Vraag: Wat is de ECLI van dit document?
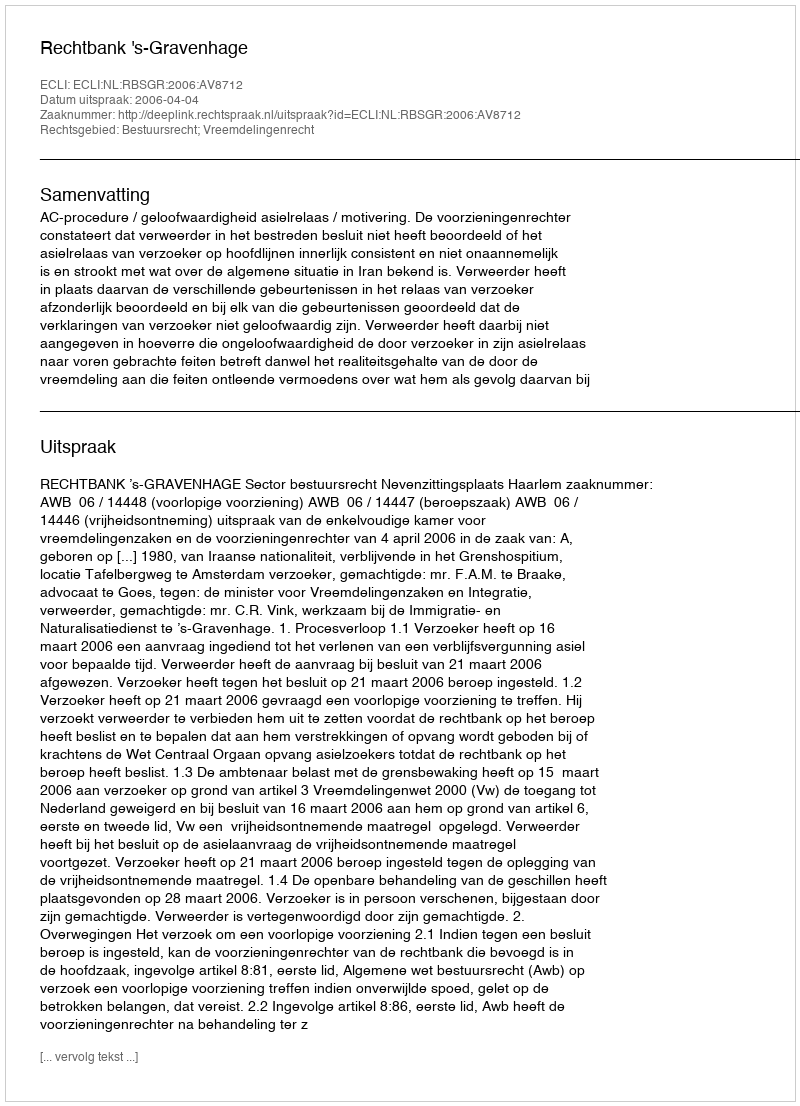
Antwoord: ECLI:NL:RBSGR:2006:AV8712